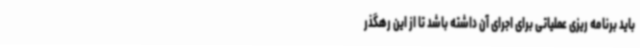
باید برنامه ریزی عملیاتی برای اجرای آن داشته باشد تا از این رهگذر